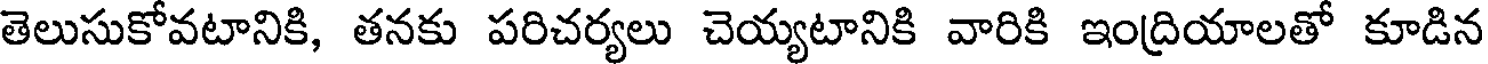
తెలుసుకోవటానికి, తనకు పరిచర్యలు చెయ్యటానికి వారికి ఇంద్రియాలతో కూడిన